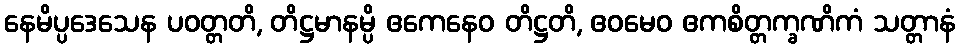
နေမိပ္ပဒေသေန ပဝတ္တတိ, တိဋ္ဌမာနမ္ပိ ဧကေနေဝ တိဋ္ဌတိ, ဧဝမေဝ ဧကစိတ္တက္ခဏိကံ သတ္တာနံ